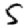
Digit: 5